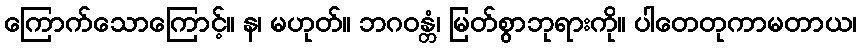
ကြောက်သောကြောင့်။ န၊ မဟုတ်။ ဘဂဝန္တံ၊ မြတ်စွာဘုရားကို။ ပါတေတုကာမတာယ၊